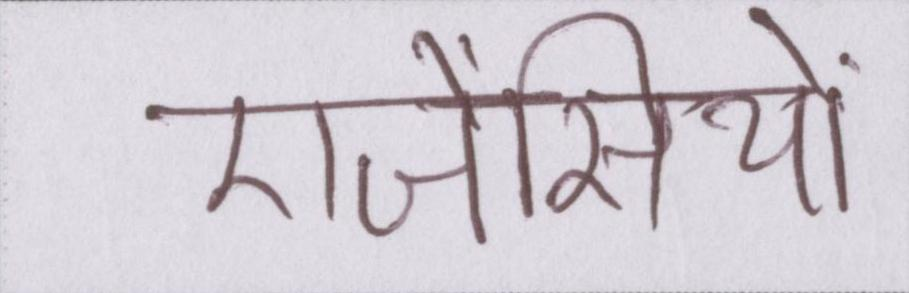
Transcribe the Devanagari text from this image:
एजेंसियों